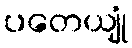
ပတေယျုံ